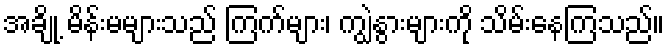
အချို့ မိန်းမများသည် ကြက်များ၊ ကျွဲနွားများကို သိမ်းနေကြသည်။